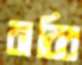
রাব্বি